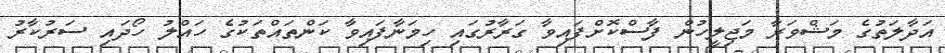
އަދާލަތުގެ މަޝްވަރާ މަޖިލީހުން ފާސްކޮށްފައިވާ ގަރާރުގައި ހިމަނާފައިވާ ކަންތައްތަކުގެ ހައްލު ހޯދައި ސަރުކާރު